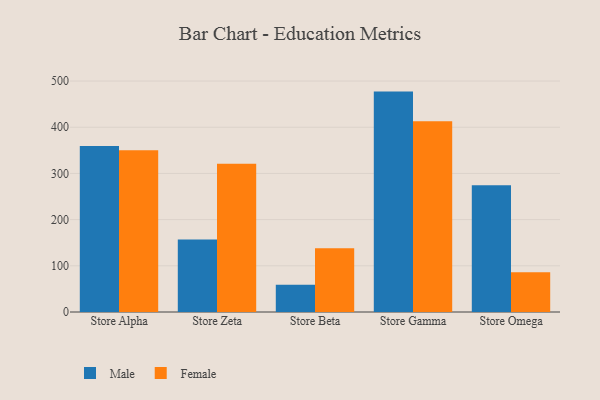
{"axis": {"x": "Store", "y": "Churn Rate (%)"}, "legend": ["Female", "Male"], "data": [{"x": "Store Alpha", "y": 359.3, "type": "Male"}, {"x": "Store Alpha", "y": 350.0, "type": "Female"}, {"x": "Store Zeta", "y": 156.9, "type": "Male"}, {"x": "Store Zeta", "y": 320.9, "type": "Female"}, {"x": "Store Beta", "y": 59.0, "type": "Male"}, {"x": "Store Beta", "y": 137.9, "type": "Female"}, {"x": "Store Gamma", "y": 477.2, "type": "Male"}, {"x": "Store Gamma", "y": 412.8, "type": "Female"}, {"x": "Store Omega", "y": 274.7, "type": "Male"}, {"x": "Store Omega", "y": 86.0, "type": "Female"}]}